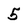
Character: 5